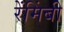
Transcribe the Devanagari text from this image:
रेंमिंबी